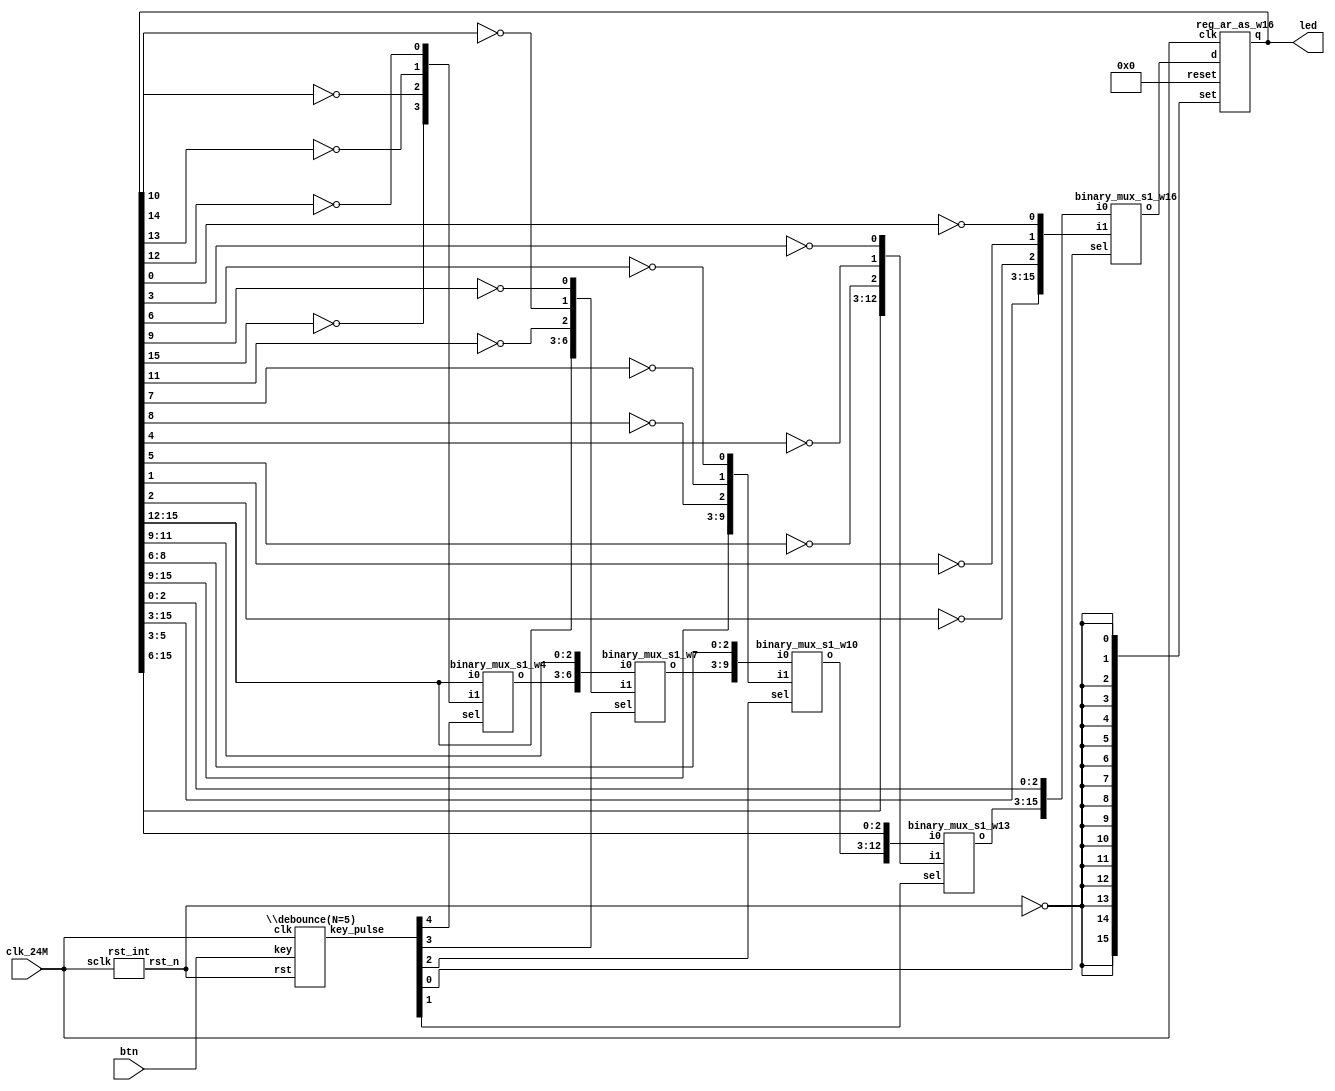
// This program was cloned from: https://github.com/verimake-team/SparkRoad-V
// License: MIT License

// Verilog netlist created by TD v4.6.12906
// Tue Jul 23 19:11:32 2019

`timescale 1ns / 1ps
module switch_LED  // Buttons_LED.v(15)
  (
  btn,
  clk_24M,
  led
  );

  input [4:0] btn;  // Buttons_LED.v(17)
  input clk_24M;  // Buttons_LED.v(16)
  output [15:0] led;  // Buttons_LED.v(18)

  wire [4:0] key_pulse;  // Buttons_LED.v(22)
  wire [2:0] n1;
  wire [15:0] n10;
  wire [2:0] n2;
  wire [2:0] n3;
  wire [2:0] n4;
  wire [3:0] n5;
  wire [3:0] n6;
  wire [6:0] n7;
  wire [9:0] n8;
  wire [12:0] n9;
  wire n0;
  wire rst_n;  // Buttons_LED.v(21)

  binary_mux_s1_w4 mux0 (
    .i0(led[15:12]),
    .i1(n5),
    .sel(key_pulse[4]),
    .o(n6));  // Buttons_LED.v(54)
  binary_mux_s1_w7 mux1 (
    .i0({n6,led[11:9]}),
    .i1({led[15:12],n4}),
    .sel(key_pulse[3]),
    .o(n7));  // Buttons_LED.v(54)
  binary_mux_s1_w10 mux2 (
    .i0({n7,led[8:6]}),
    .i1({led[15:9],n3}),
    .sel(key_pulse[2]),
    .o(n8));  // Buttons_LED.v(54)
  binary_mux_s1_w16 mux3 (
    .i0({n9,led[2:0]}),
    .i1({led[15:3],n1}),
    .sel(key_pulse[0]),
    .o(n10));  // Buttons_LED.v(54)
  binary_mux_s1_w13 mux4 (
    .i0({n8,led[5:3]}),
    .i1({led[15:6],n2}),
    .sel(key_pulse[1]),
    .o(n9));  // Buttons_LED.v(54)
  reg_ar_as_w16 reg0 (
    .clk(clk_24M),
    .d(n10),
    .reset(16'b0000000000000000),
    .set({n0,n0,n0,n0,n0,n0,n0,n0,n0,n0,n0,n0,n0,n0,n0,n0}),
    .q(led));  // Buttons_LED.v(54)
  not u0 (n4[1], led[10]);  // Buttons_LED.v(49)
  not u1 (n5[3], led[15]);  // Buttons_LED.v(51)
  not u10 (n4[2], led[11]);  // Buttons_LED.v(49)
  not u11 (n3[1], led[7]);  // Buttons_LED.v(47)
  not u12 (n3[2], led[8]);  // Buttons_LED.v(47)
  not u13 (n2[1], led[4]);  // Buttons_LED.v(45)
  not u14 (n2[2], led[5]);  // Buttons_LED.v(45)
  not u15 (n1[1], led[1]);  // Buttons_LED.v(43)
  not u16 (n1[2], led[2]);  // Buttons_LED.v(43)
  not u2 (n5[2], led[14]);  // Buttons_LED.v(51)
  not u3 (n5[1], led[13]);  // Buttons_LED.v(51)
  not u4 (n5[0], led[12]);  // Buttons_LED.v(51)
  not u5 (n0, rst_n);  // Buttons_LED.v(40)
  not u6 (n1[0], led[0]);  // Buttons_LED.v(43)
  not u7 (n2[0], led[3]);  // Buttons_LED.v(45)
  not u8 (n3[0], led[6]);  // Buttons_LED.v(47)
  not u9 (n4[0], led[9]);  // Buttons_LED.v(49)
  \debounce(N=5)  ux_btn (
    .clk(clk_24M),
    .key(btn),
    .rst(rst_n),
    .key_pulse(key_pulse));  // Buttons_LED.v(25)
  rst_int ux_rst (
    .sclk(clk_24M),
    .rst_n(rst_n));  // Buttons_LED.v(32)

endmodule 

module binary_mux_s1_w4
  (
  i0,
  i1,
  sel,
  o
  );

  input [3:0] i0;
  input [3:0] i1;
  input sel;
  output [3:0] o;



endmodule 

module binary_mux_s1_w7
  (
  i0,
  i1,
  sel,
  o
  );

  input [6:0] i0;
  input [6:0] i1;
  input sel;
  output [6:0] o;



endmodule 

module binary_mux_s1_w10
  (
  i0,
  i1,
  sel,
  o
  );

  input [9:0] i0;
  input [9:0] i1;
  input sel;
  output [9:0] o;



endmodule 

module binary_mux_s1_w16
  (
  i0,
  i1,
  sel,
  o
  );

  input [15:0] i0;
  input [15:0] i1;
  input sel;
  output [15:0] o;



endmodule 

module binary_mux_s1_w13
  (
  i0,
  i1,
  sel,
  o
  );

  input [12:0] i0;
  input [12:0] i1;
  input sel;
  output [12:0] o;



endmodule 

module reg_ar_as_w16
  (
  clk,
  d,
  en,
  reset,
  set,
  q
  );

  input clk;
  input [15:0] d;
  input en;
  input [15:0] reset;
  input [15:0] set;
  output [15:0] q;



endmodule 

module \debounce(N=5)   // debounce.v(2)
  (
  clk,
  key,
  rst,
  key_pulse
  );

  input clk;  // debounce.v(7)
  input [4:0] key;  // debounce.v(9)
  input rst;  // debounce.v(8)
  output [4:0] key_pulse;  // debounce.v(10)

  parameter N = 5;
  wire [18:0] cnt;  // debounce.v(32)
  wire [4:0] key_edge;  // debounce.v(15)
  wire [4:0] key_rst;  // debounce.v(13)
  wire [4:0] key_rst_pre;  // debounce.v(12)
  wire [4:0] key_sec;  // debounce.v(46)
  wire [4:0] key_sec_pre;  // debounce.v(45)
  wire [4:0] n0;
  wire [4:0] n10;
  wire [18:0] n3;
  wire [18:0] n4;
  wire [4:0] n7;
  wire n1;
  wire n2;
  wire n5;
  wire n6;
  wire n8;
  wire n9;

  add_pu19_pu19_o19 add0 (
    .i0(cnt),
    .i1(19'b0000000000000000001),
    .o(n3));  // debounce.v(42)
  eq_w19 eq0 (
    .i0(cnt),
    .i1(19'b1110101011000000001),
    .o(n6));  // debounce.v(54)
  binary_mux_s1_w19 mux0 (
    .i0(n3),
    .i1(19'b0000000000000000000),
    .sel(n2),
    .o(n4));  // debounce.v(42)
  binary_mux_s1_w5 mux1 (
    .i0(key_sec),
    .i1(key),
    .sel(n6),
    .o(n7));  // debounce.v(55)
  reg_ar_as_w5 reg0 (
    .clk(clk),
    .d(key_rst),
    .reset(5'b00000),
    .set({n1,n1,n1,n1,n1}),
    .q(key_rst_pre));  // debounce.v(27)
  reg_ar_as_w19 reg1 (
    .clk(clk),
    .d(n4),
    .reset({n1,n1,n1,n1,n1,n1,n1,n1,n1,n1,n1,n1,n1,n1,n1,n1,n1,n1,n1}),
    .set(19'b0000000000000000000),
    .q(cnt));  // debounce.v(42)
  reg_ar_as_w5 reg2 (
    .clk(clk),
    .d(n7),
    .reset(5'b00000),
    .set({n1,n1,n1,n1,n1}),
    .q(key_sec));  // debounce.v(55)
  reg_ar_as_w5 reg3 (
    .clk(clk),
    .d(key_sec),
    .reset(5'b00000),
    .set({n1,n1,n1,n1,n1}),
    .q(key_sec_pre));  // debounce.v(62)
  reg_ar_as_w5 reg4 (
    .clk(clk),
    .d(key),
    .reset(5'b00000),
    .set({n1,n1,n1,n1,n1}),
    .q(key_rst));  // debounce.v(27)
  not u10 (n10[1], key_sec[1]);  // debounce.v(64)
  and u11 (key_pulse[2], key_sec_pre[2], n10[2]);  // debounce.v(64)
  and u12 (key_pulse[4], key_sec_pre[4], n10[4]);  // debounce.v(64)
  and u13 (key_pulse[1], key_sec_pre[1], n10[1]);  // debounce.v(64)
  or u14 (n5, key_edge[2], n9);  // debounce.v(39)
  or u15 (n8, key_edge[0], key_edge[1]);  // debounce.v(39)
  not u16 (n10[0], key_sec[0]);  // debounce.v(64)
  and u17 (key_pulse[0], key_sec_pre[0], n10[0]);  // debounce.v(64)
  or u18 (n2, n8, n5);  // debounce.v(39)
  and u19 (key_edge[1], key_rst_pre[1], n0[1]);  // debounce.v(30)
  or u2 (n9, key_edge[3], key_edge[4]);  // debounce.v(39)
  and u20 (key_edge[2], key_rst_pre[2], n0[2]);  // debounce.v(30)
  and u21 (key_edge[3], key_rst_pre[3], n0[3]);  // debounce.v(30)
  and u22 (key_edge[4], key_rst_pre[4], n0[4]);  // debounce.v(30)
  not u23 (n0[1], key_rst[1]);  // debounce.v(30)
  not u24 (n0[2], key_rst[2]);  // debounce.v(30)
  not u25 (n0[3], key_rst[3]);  // debounce.v(30)
  not u26 (n0[4], key_rst[4]);  // debounce.v(30)
  not u3 (n10[4], key_sec[4]);  // debounce.v(64)
  not u4 (n10[3], key_sec[3]);  // debounce.v(64)
  not u5 (n1, rst);  // debounce.v(20)
  not u6 (n0[0], key_rst[0]);  // debounce.v(30)
  not u7 (n10[2], key_sec[2]);  // debounce.v(64)
  and u8 (key_pulse[3], key_sec_pre[3], n10[3]);  // debounce.v(64)
  and u9 (key_edge[0], key_rst_pre[0], n0[0]);  // debounce.v(30)

endmodule 

module rst_int  // rst.v(9)
  (
  sclk,
  rst_n
  );

  input sclk;  // rst.v(11)
  output rst_n;  // rst.v(12)

  wire [3:0] counter;  // rst.v(15)
  wire [3:0] n1;
  wire [3:0] n2;
  wire n0;

  add_pu4_pu4_o4 add0 (
    .i0(counter),
    .i1(4'b0001),
    .o(n1));  // rst.v(22)
  eq_w4 eq0 (
    .i0(counter),
    .i1(4'b1111),
    .o(n0));  // rst.v(19)
  binary_mux_s1_w4 mux0 (
    .i0(n1),
    .i1(4'b1111),
    .sel(n0),
    .o(n2));  // rst.v(22)
  reg_ar_as_w4 reg0 (
    .clk(sclk),
    .d(n2),
    .reset(4'b0000),
    .set(4'b0000),
    .q(counter));  // rst.v(23)
  AL_DFF rst_n_reg (
    .clk(sclk),
    .d(n0),
    .reset(1'b0),
    .set(1'b0),
    .q(rst_n));  // rst.v(31)

endmodule 

module add_pu19_pu19_o19
  (
  i0,
  i1,
  o
  );

  input [18:0] i0;
  input [18:0] i1;
  output [18:0] o;



endmodule 

module eq_w19
  (
  i0,
  i1,
  o
  );

  input [18:0] i0;
  input [18:0] i1;
  output o;



endmodule 

module binary_mux_s1_w19
  (
  i0,
  i1,
  sel,
  o
  );

  input [18:0] i0;
  input [18:0] i1;
  input sel;
  output [18:0] o;



endmodule 

module binary_mux_s1_w5
  (
  i0,
  i1,
  sel,
  o
  );

  input [4:0] i0;
  input [4:0] i1;
  input sel;
  output [4:0] o;



endmodule 

module reg_ar_as_w5
  (
  clk,
  d,
  en,
  reset,
  set,
  q
  );

  input clk;
  input [4:0] d;
  input en;
  input [4:0] reset;
  input [4:0] set;
  output [4:0] q;



endmodule 

module reg_ar_as_w19
  (
  clk,
  d,
  en,
  reset,
  set,
  q
  );

  input clk;
  input [18:0] d;
  input en;
  input [18:0] reset;
  input [18:0] set;
  output [18:0] q;



endmodule 

module add_pu4_pu4_o4
  (
  i0,
  i1,
  o
  );

  input [3:0] i0;
  input [3:0] i1;
  output [3:0] o;



endmodule 

module eq_w4
  (
  i0,
  i1,
  o
  );

  input [3:0] i0;
  input [3:0] i1;
  output o;



endmodule 

module reg_ar_as_w4
  (
  clk,
  d,
  en,
  reset,
  set,
  q
  );

  input clk;
  input [3:0] d;
  input en;
  input [3:0] reset;
  input [3:0] set;
  output [3:0] q;



endmodule 

module AL_DFF
  (
  input reset,
  input set,
  input clk,
  input d,
  output reg q
  );

  parameter INI = 1'b0;

  always @(posedge reset or posedge set or posedge clk)
  begin
    if (reset)
      q <= 1'b0;
    else if (set)
      q <= 1'b1;
    else
      q <= d;
  end

endmodule